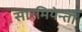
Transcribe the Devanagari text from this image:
सारमियेन्तो